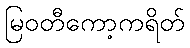
မြဝတီကော့ကရိတ်